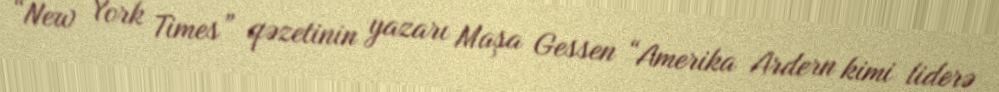
“New York Times” qəzetinin yazarı Maşa Gessen “Amerika Ardern kimi liderə